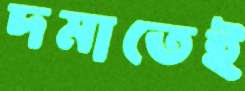
দমাতেই